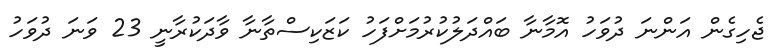
ޖެހިގެން އަންނަ ދުވަހު އޮމާނާ ބައްދަލުކުރުމަށްފަހު ކަޒަކިސްތާނާ ވާދަކުރާނީ 23 ވަނަ ދުވަހު